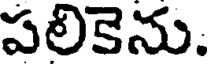
పలికెను.